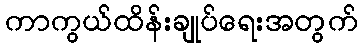
ကာကွယ်ထိန်းချုပ်ရေးအတွက်